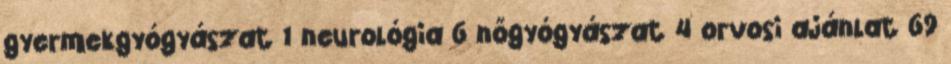
gyermekgyógyászat 1 neurológia 6 nőgyógyászat 4 orvosi ajánlat 69